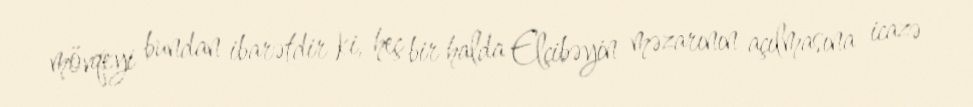
mövqeyi bundan ibarətdir ki, heç bir halda Elçibəyin məzarının açılmasına icazə